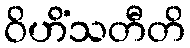
ဝိဟိံသတီတိ